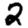
Digit: 2